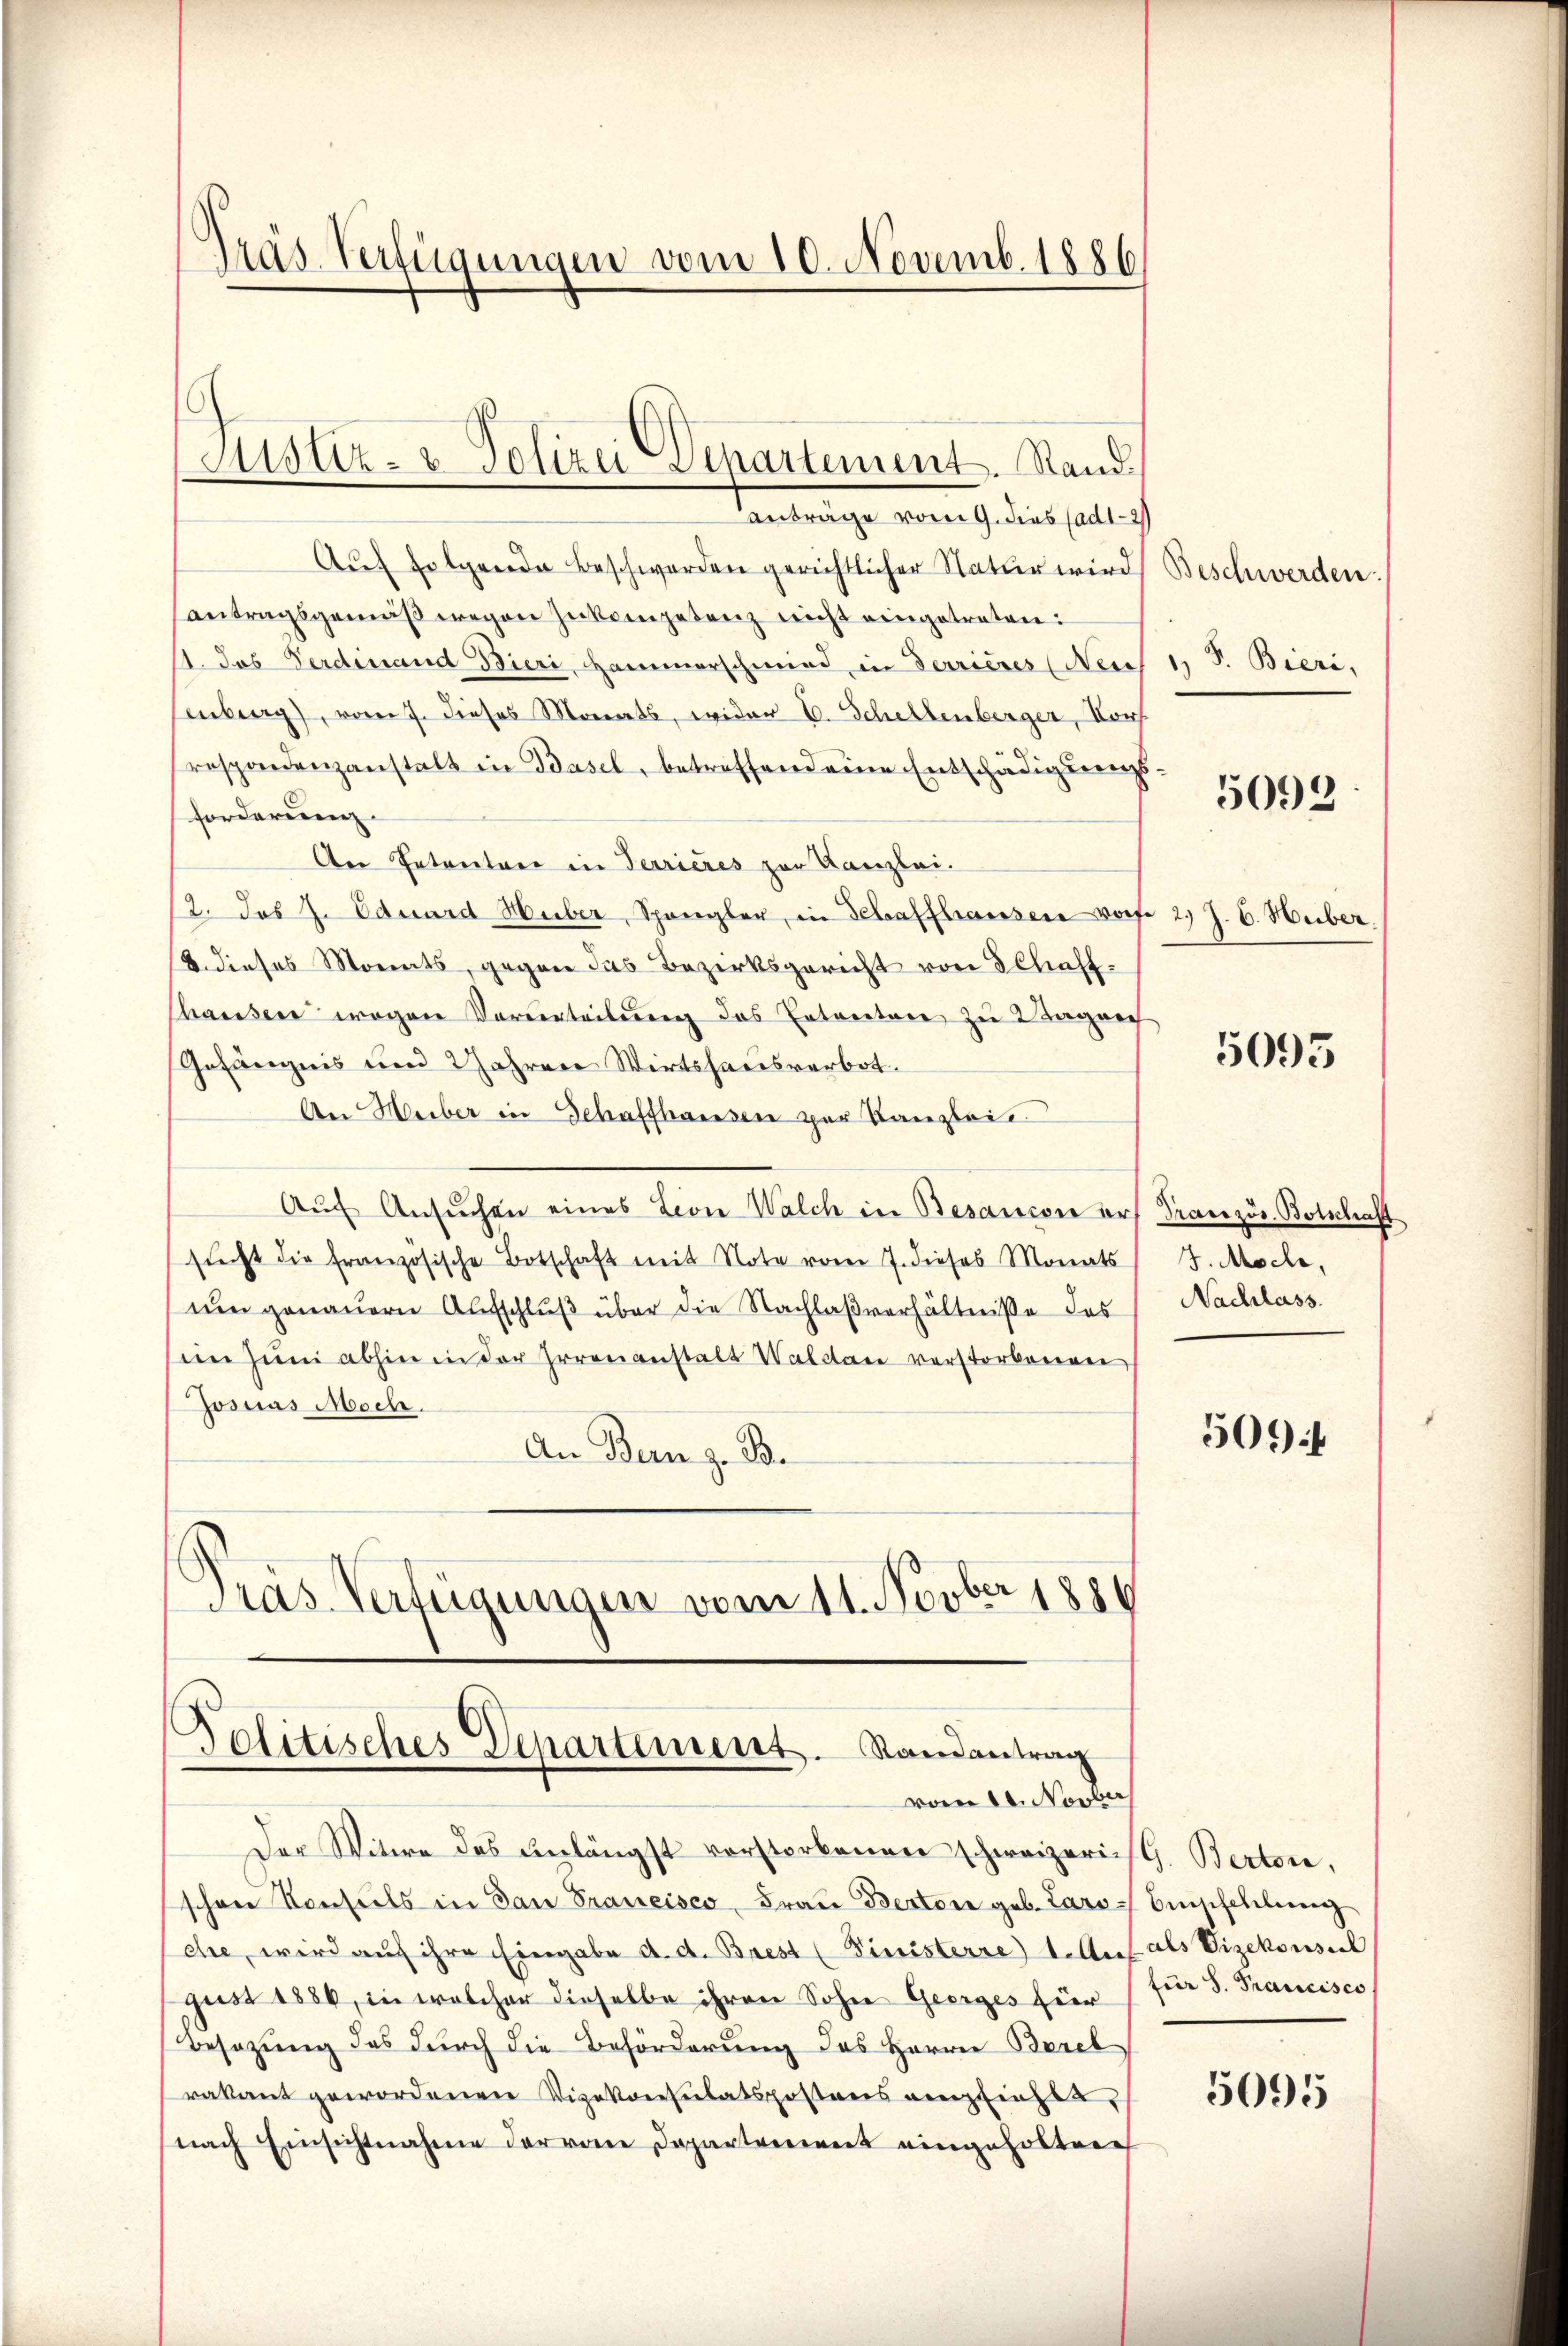
anträge vom 9. dies ad 12
Auf folgende Beschwerden gerichtlicher Natur wird
antragsgemäβ wegen zukompetenz nicht eingetreten:
1. Das Ferdinand Bieri, Hammerschmied in Terrieres (Nei
enberg), vom 7. dieses Monats, wider E. Schellenberger, Kons.
respondenzanstalt in Basel, betreffend eine Entschädigungs
forderung.
Der Patentrer in Terrieres zur Kanzlei.
12. Jos J. Eduard Huber, Spangler, in Schaffhausen vorfe 2 J. C. Huber.
18. dieses Monats, gegen das Bezirksgericht von Schaff¬
Chausen wegen Vorurteilung des Entreetare zu Wagner
Gefängnis und Jahren Wirtshausverbot.
An Heiber in Schaffhausen per Kanzleie
Aŭf Ansŭchen eines Lion Walch in Besancore ars Pranzös. Botschaft
sŭcht die französische Botschaft mit Note vom 7. dieses Monats J. Moche,
um genauern Aufschluß über die Nachlaßverhältniße des
sein zum abhin in der Irrenanstalt Waldau verstorbenen
Josuas Masch.
An Bern z. B.
Präs. Verfügungen vom 11. Novber 1880

Politisches Departement. Randantrag
vom 11. Novber

Gras Verfügungen vom 10. Novemb. 1886

Justiz- & Polizei Departement. Stand.

Der Witwe des unlängst vorstorbenen schweizericht. Berton,
schon Konsuls in dan Prancisco, Frau Bertore geb. Laro Empfehlung
che, wird auf ihre Eingabe d. d. Brest (Finisterre 1. Auf als Vizekonsul
gust 1886, in welcher dieselbe ihren Sohne Georges für
Besazung des durch die Beförderung des Herrn Bereb
rakant gewordenen Vizekonsulatspostens empfiehlt,
nach Einsichtnahme der von Departement eingeholtene

Beschwerden.
1) S. Bieri,

5092

5095

Nachlass.

509 f

für S. Francisco

5095